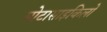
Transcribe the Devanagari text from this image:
मोटासाइकिलों